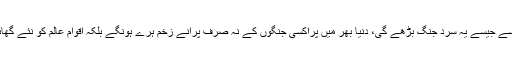
خدشہ ہے کہ جیسے جیسے یہ سرد جنگ بڑھے گی، دنیا بھر میں پراکسی جنگوں کے نہ صرف پرانے زخم ہرے ہونگے بلکہ اقوام عالم کو نئے گھائو بھی لگیں گے۔